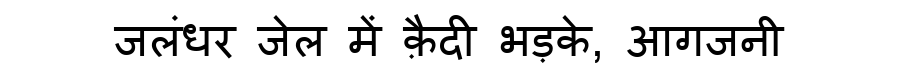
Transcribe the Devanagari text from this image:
जलंधर जेल में क़ैदी भड़के, आगजनी